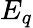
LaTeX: E_{q}